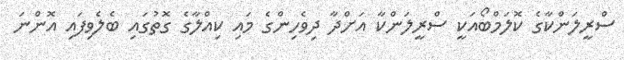
ސްރީލަންކާގެ ކޮލަމްބޯއަކީ ސްރީލަންކާ އަށްދާ ދިވެހިންގެ މައި ކިއްލާގެ ގޮތުގައި ބެލެވިފައި އޮންނަ